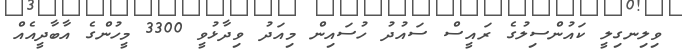
ވިލިނގިލީ ކައުންސިލުގެ ރައީސް ސައުދު ހުސައިން މިއަދު ވިދާޅުވީ 3300 މީހުންގެ އާބާދީއެއް